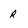
Character: r